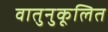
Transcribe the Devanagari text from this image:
वातुनुकूलित